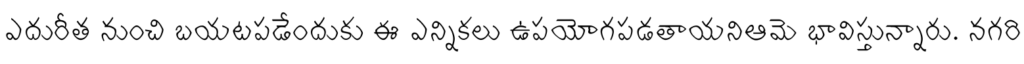
ఎదురీత నుంచి బయటపడేందుకు ఈ ఎన్నికలు ఉపయోగపడతాయనిఆమె భావిస్తున్నారు. నగరి